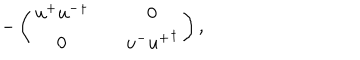
LaTeX: - \left( \begin{matrix} { { u ^ { + } { u ^ { - } } ^ { \dagger } } } & { { } } & { { 0 } } \\ { { 0 } } & { { } } & { { u ^ { - } { u ^ { + } } ^ { \dagger } } } \\ \end{matrix} \right) ,